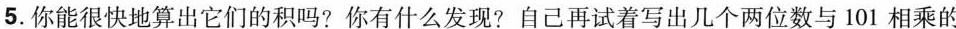
5.你能很快地算出它们的积吗?你有什么发现?自己再试着写出几个两位数与101相乘的